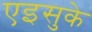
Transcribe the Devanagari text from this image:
एइसुके